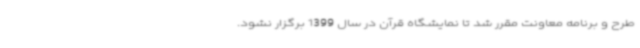
طرح و برنامه معاونت مقرر شد تا نمایشگاه قرآن در سال 1399 برگزار نشود.